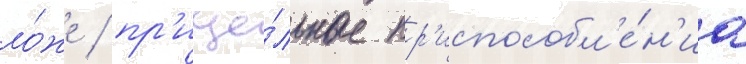
ло́же / пр'ице́льные пр'испособл'е́н'иа